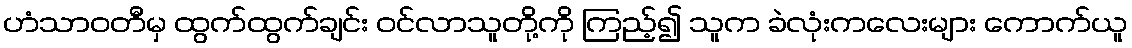
ဟံသာဝတီမှ ထွက်ထွက်ချင်း ဝင်လာသူတို့ကို ကြည့်၍ သူက ခဲလုံးကလေးများ ကောက်ယူ